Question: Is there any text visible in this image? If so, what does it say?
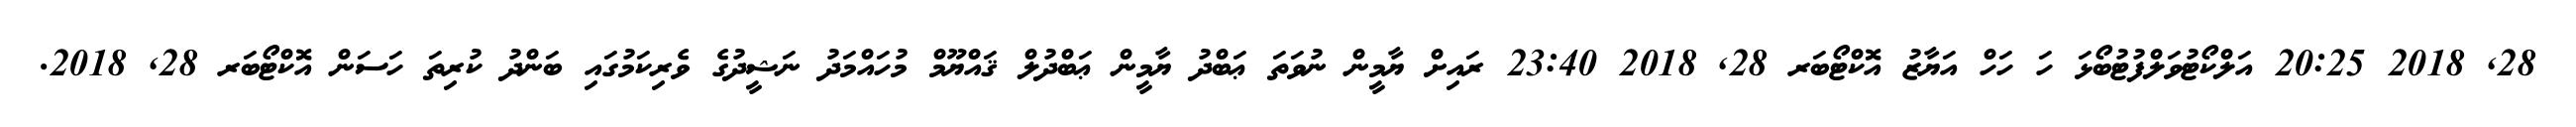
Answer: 28, 2018 20:25 އަލްކޯޓުވަލްފުޓުބޯޅަ ހަ ހަހް އަޔާޒު އޮކްޓޯބަރ 28, 2018 23:40 ރައިށް ޔާމީން ނުވަތަ ޢަބްދު ޔާމީން ޢަބްދުލް ޤައްޔޫމް މުހައްމަދު ނަޝީދުގެ ވެރިކަމުގައި ބަންދު ކުރިތަ ހަސަން އޮކްޓޯބަރ 28, 2018.